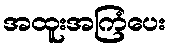
အထူးအကြံပေး